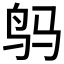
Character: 𲍬